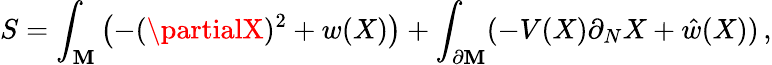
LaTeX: S=\int_{\cal\mathbf{M}}\left(-(\partialX)^{2}+w(X)\right)+\int_{\partial{\cal\mathbf{M}}}(-V(X)\partial_{N}X+\hat{{w}}(X))\, ,